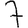
Digit: 7